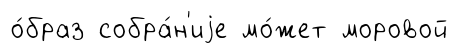
о́браз собра́н'иjе мо́жет моровой